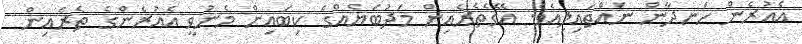
އެއުރެން ހަނދާން ނައްތައިލިއެވެ. އޭގެތެރެއިން މަދުބަޔެއްގެ ކިބައިން މެނުވީ އެއުރެންގެ ތެރެއިން